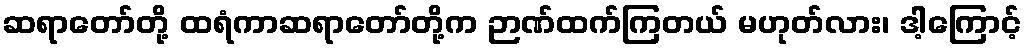
ဆရာတော်တို့ ထရံကာဆရာတော်တို့က ဉာဏ်ထက်ကြတယ် မဟုတ်လား၊ ဒါ့ကြောင့်